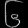
Digit: ၆